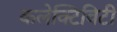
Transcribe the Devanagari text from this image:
कलेक्टिविटी